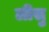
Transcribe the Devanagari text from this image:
लीसु